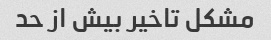
مشکل تاخیر بیش از حد